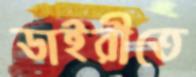
ডাইরীতে